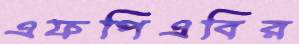
এফপিএবির